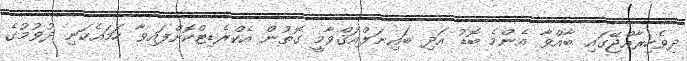
ދިވެހިރާއްޖޭގައި ބާއްވާ އެންމެ ބޮޑު އަދި ބައިނަލްއަޤްވާމީ ގޮތުން އެކްރެޑިޓްކޮށްފައިވާ ހަމައެކަނި ދުވުމުގެ